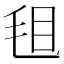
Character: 𣭒